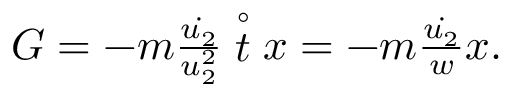
\begin{array} { r } { G = - m \frac { \dot { u _ { 2 } } } { u _ { 2 } ^ { 2 } } \stackrel { \circ } { t } x = - m \frac { \dot { u _ { 2 } } } { w } x . } \end{array}